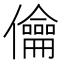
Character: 㒢